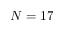
N = 1 7